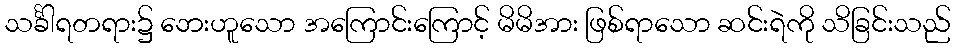
သင်္ခါရတရား၌ ဘေးဟူသော အကြောင်းကြောင့် မိမိအား ဖြစ်ရာသော ဆင်းရဲကို သိခြင်းသည်